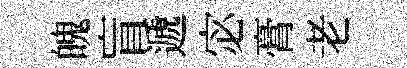
魄盲遞宓膏老